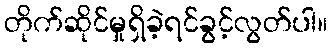
တိုက်ဆိုင်မှုရှိခဲ့ရင်ခွင့်လွတ်ပါ။